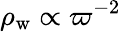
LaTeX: \rho_{\mathrm{w}}\propto\varpi^{-2}